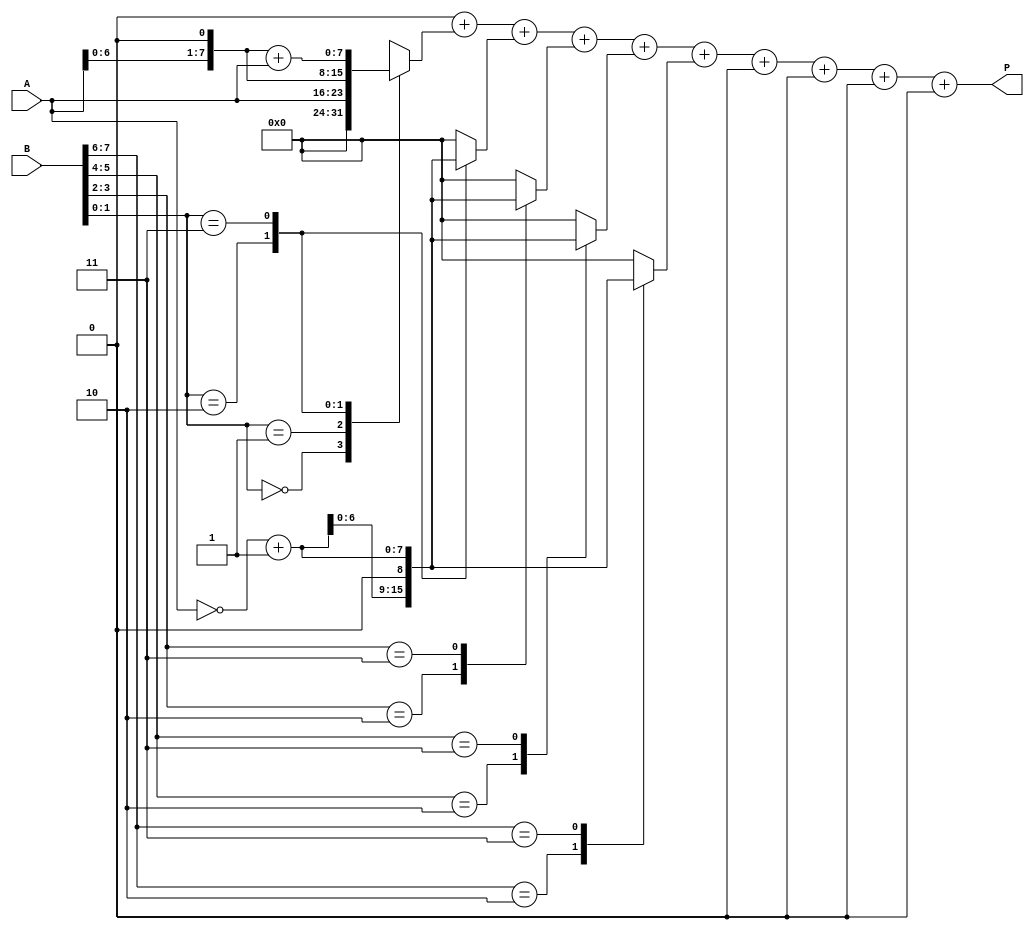
module radix4_multiplier #(parameter N = 8) (
    input  wire [N-1:0] A, // Multiplicand
    input  wire [N-1:0] B, // Multiplier
    output wire [2*N-1:0] P // Product
);
    // Internal signals
    reg [N-1:0] pp [0:2*N-1]; // Partial products
    reg [2*N-1:0] sum; // Accumulated sum
    reg [N-1:0] A_neg; // Negated multiplicand
    integer i;

    // Negate the multiplicand
    always @(*) begin
        A_neg = ~A + 1; // Two's complement for negation
    end

    // Generate partial products based on the encoded values
    always @(*) begin
        // Initialize partial products to zero
        for (i = 0; i < 2*N; i = i + 1) begin
            pp[i] = 0;
        end
        
        // Encoding and partial product generation
        for (i = 0; i < N; i = i + 2) begin
            case ({B[i+1], B[i]})
                2'b00: pp[i/2] = 0; // 00 -> 0
                2'b01: pp[i/2] = A; // 01 -> A
                2'b10: pp[i/2] = A << 1; // 10 -> A << 1
                2'b11: pp[i/2] = (A << 1) + A; // 11 -> A + (A << 1)
                default: pp[i/2] = 0;
            endcase
        end
        
        // Handle negative values
        for (i = 0; i < N; i = i + 2) begin
            case ({B[i+1], B[i]})
                2'b10: pp[i/2 + 1] = A_neg << 1; // -2 -> -A << 1
                2'b11: pp[i/2 + 1] = A_neg; // -1 -> -A
                default: pp[i/2 + 1] = 0;
            endcase
        end
    end

    // Accumulate partial products
    always @(*) begin
        sum = 0;
        for (i = 0; i < (N + 1); i = i + 1) begin
            sum = sum + pp[i];
        end
    end

    // Assign the final product
    assign P = sum;

endmodule